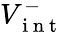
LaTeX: V_{\mathrm{~i~n~t~}}^{-}